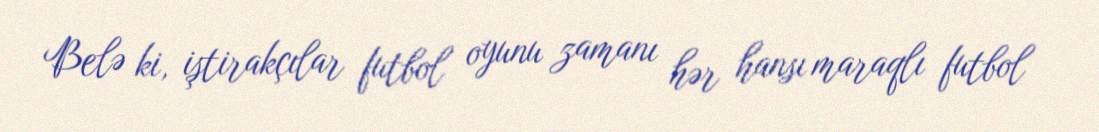
Belə ki, iştirakçılar futbol oyunu zamanı hər hansı maraqlı futbol